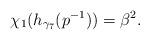
LaTeX: \begin{align*}\chi_1(h_{\gamma_7}(p^{-1}))=\beta^2.\end{align*}